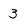
Character: 3